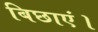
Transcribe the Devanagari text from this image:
बिछाएं।